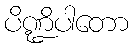
ပိဏ္ဍိပါတော